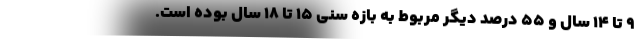
۹ تا ۱۴ سال و ۵۵ درصد دیگر مربوط به بازه سنی ۱۵ تا ۱۸ سال بوده است.